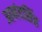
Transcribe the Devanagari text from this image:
आनंदसिंह